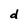
Character: d